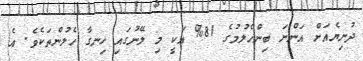
ދުނިޔެއަށް އަންނަ ބިންހެލުމުގެ 81% އަކީ މި ލޭނުގައި ހިނގާ ހެލުންތަކެވެ. އެ